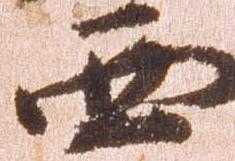
西